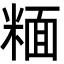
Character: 糆